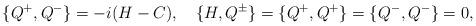
LaTeX: \begin{align*}\{Q^+,Q^-\}=-i(H-C),\quad \{H,Q^\pm\}=\{Q^+,Q^+\}=\{Q^-,Q^-\}=0,\end{align*}